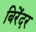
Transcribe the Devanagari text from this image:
बिरेंदर